Vaccination in Burma 1912-1922 - 1912-1922
Year: 1912
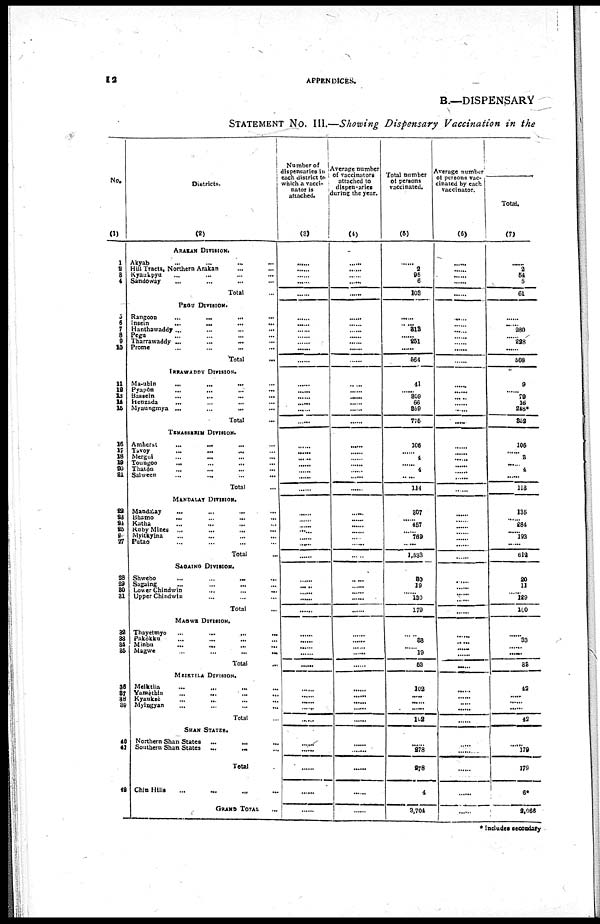
12
APPENDICES.
B.—DISPENSARY
STATEMENT No. III.—Showing Dispensary Vaccination in the
No.
(1)
1
2
3
4
5
6
7
8
9
10
11
12
13
14 15
16
17
18
19
20
21
22
23 24
25
26
27
28
29
30
31
32
33
34
35
35
37
38
39
40
41
42
Districts.
(2)
ARAKAN DIVISION.
Akyab ... ... ... ...
Hill Tracts, Northern Arakan ... ...
Kyaukpyu ... ... ... ...
Sandoway ... ... ... ...
Total ...
PEGU DIVISION.
Rangoon
...
...
... ...
Insein
...
...
...
...
Hanthawaddy...
...
...
...
Pegu ... ... ... ...
Tharrawaddy ...
...
...
...
Prome...
...
... ...
Total
...
IRRAWADDY DIVISION.
Ma-ubin
...
...
...
...
Pyapôn
...
...
...
...
Bassein
...
...
...
...
Henzada ... ... ... ...
Myaungmya ...
...
... ...
Total ...
TENASSERIM DIVISION.
Amherst
...
...
...
...
...
Tavoy
...
...
...
...
Mergui
...
... ... ...
Toungoo
...
...
... ...
Thatôn ... ... ... ...
Salween
...
...
...
...
Total ...
MANDALAY DIVISION.
Mandalay
...
...
...
...
Bhamo
...
...
... ...
Katha ... ... ... ...
Ruby Mines ...
...
...
...
Myitkyina ... ... ... ...
Putao ... ... ... ...
Total ...
SAGAING DIVISION.
Shwebo
...
...
...
...
Sagaing
...
...
...
...
Lower Chindwin
...
... ... ...
Upper Chindwin
...
...
... ...
Total ...
MAGWE DIVISION.
Thayetmyo
...
...
...
...
Pakôkku ... ... ... ...
Minbu
...
...
...
...
Magwe
...
...
...
...
Total ...
MEIKTILA DIVISION.
Meiktila ... ... ... ...
Yamèthin ... ... ... ...
Kyauksè ... ... ... ...
Myingyan ... ... ... ...
Total ...
SHAN STATES.
Northern Shan States ...
...
...
Southern Shan States ...
... ...
Total ...
Chin Hills ...
GRAND TOTAL
...
Number of
dispensaries in
each district to
which a vacci-
nator is
attached.
(3)
......
......
......
......
......
......
......
......
...... ......
......
......
......
......
......
......
......
......
......
......
......
......
...... ......
......
......
......
......
......
......
......
......
......
...... ......
......
......
......
......
......
......
......
......
......
......
......
......
......
......
......
......
......
Average number
of vaccinators
attached to
dispensaries
during the year.
(4)
......
......
......
......
......
......
......
...... ......
......
......
......
......
......
......
......
......
......
......
......
......
......
......
......
......
......
......
......
......
......
......
......
......
......
......
......
......
......
......
......
......
......
......
......
......
......
......
......
......
......
......
Total number
of persons
vaccinated.
(5)
......
2
95
6
103
......
...... 813
......
251
......
564
41
......
309
66
359
775
106
......
4
......
4
......
114
307
......
457
......
769
......
1,533
30
19
......
130
179
......
33
......
19
52
102
......
......
......
102
......
278
278
4
3,704
Average number
of persons vac-
cinated by each
vaccinator.
(6)
......
......
......
......
......
......
......
......
......
......
......
......
......
......
......
......
......
.....
......
......
......
......
...... ......
......
......
......
......
......
......
......
......
......
......
......
......
......
......
...... ......
......
......
......
...... ......
......
......
......
......
......
......
......
Total.
(7)
...... 2 54
5
61
......
......
280
...... 228
......
508
9
......
79
16
248*
352
106
......
3
...... 4
......
113
135
......
284
......
193
......
612
20
11
......
129
100
......
33
...... .....
33
42
...... ......
......
42
......
179
179
6*
2,066
* Includes secondary